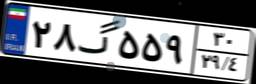
۲۸گ۵۵۹۳۰